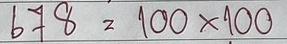
678 = 100x100